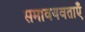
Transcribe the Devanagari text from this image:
समावयवताएँ